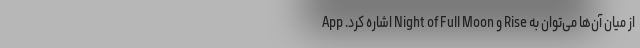
از میان آن‌ها می‌توان به Rise و Night of Full Moon اشاره کرد. App